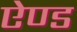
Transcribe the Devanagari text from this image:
एेण्ड